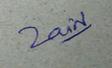
Signature authenticity: genuine